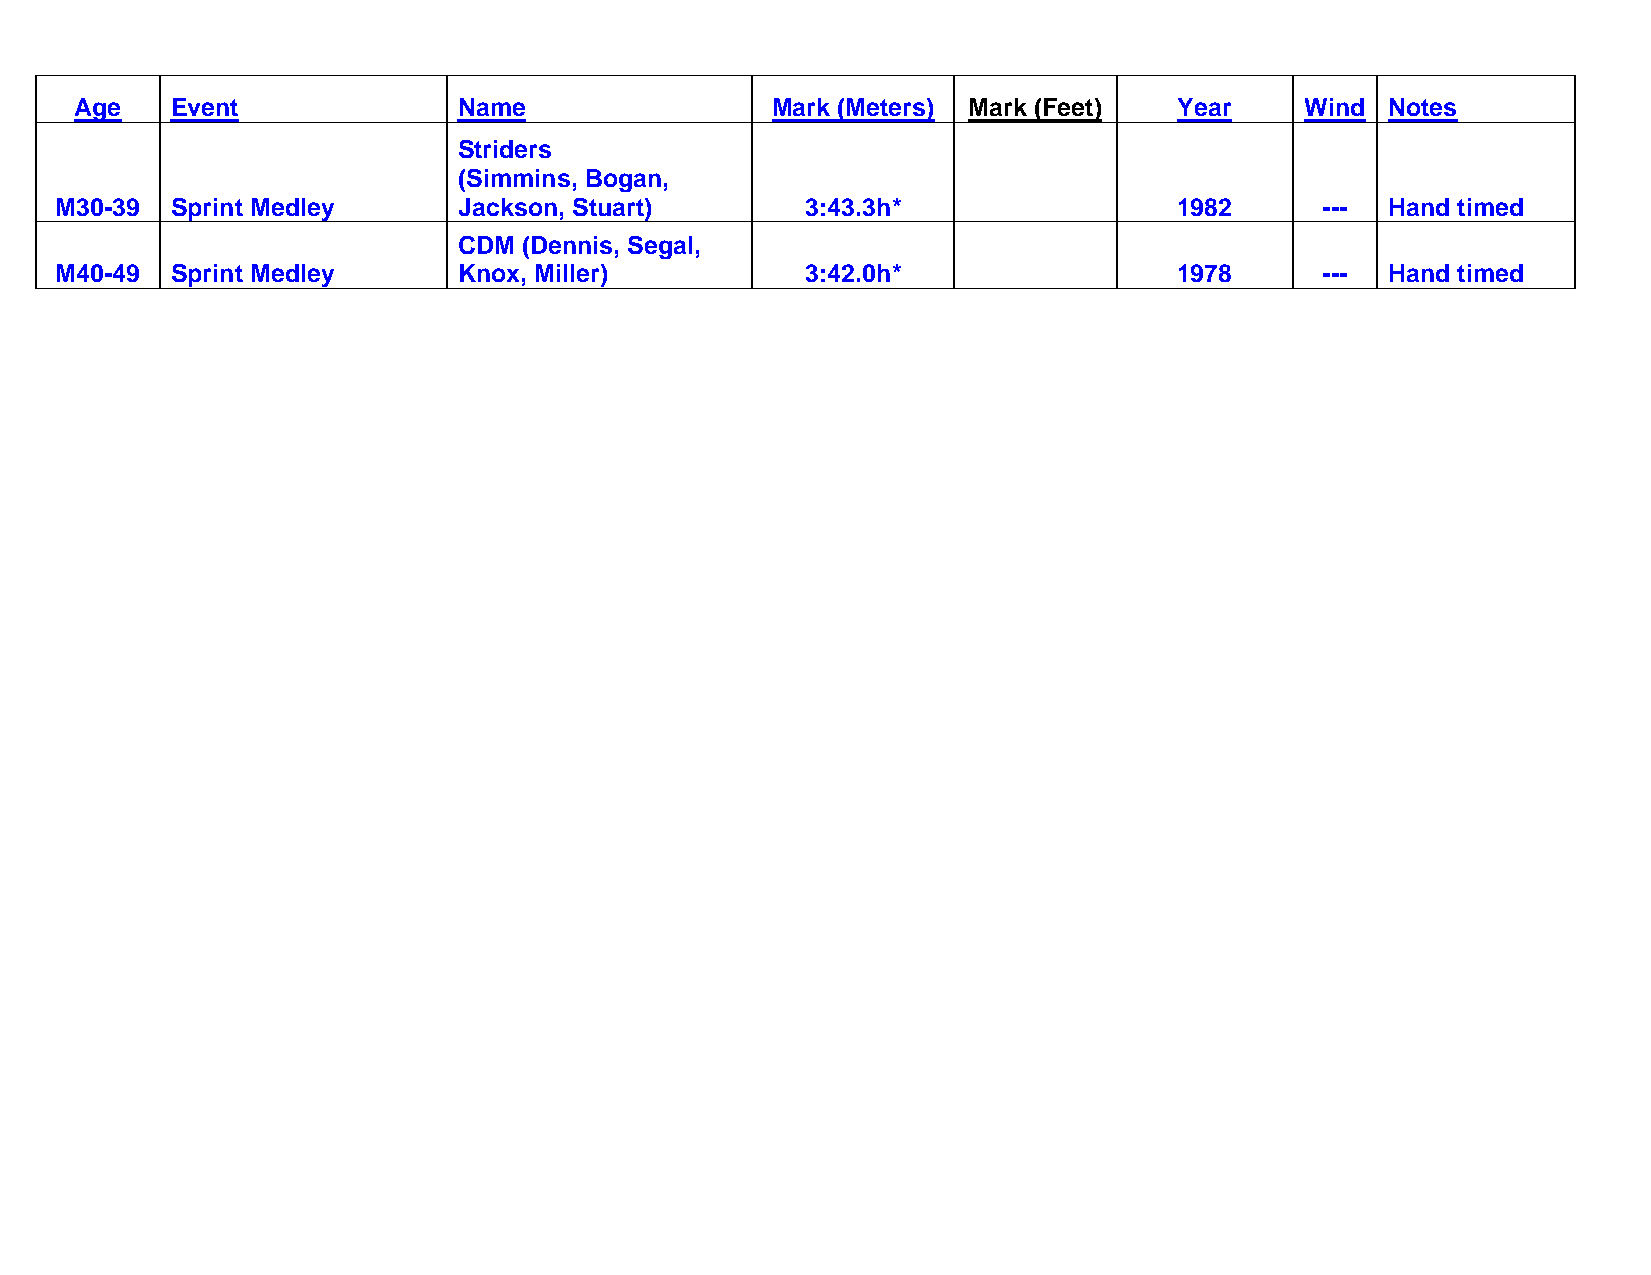
Age   Event              Name                 Mark (Meters) Mark (Feet)  Year    Wind  Notes
 Striders
 (Simmins, Bogan,
 M30-39 Sprint Medley      Jackson, Stuart)       3:43.3h*                 1982     ---  Hand timed
 CDM  (Dennis, Segal,
 M40-49 Sprint Medley      Knox, Miller)          3:42.0h*                 1978     ---  Hand timed